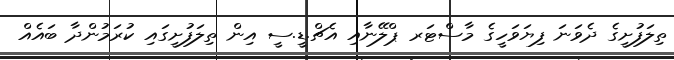
ތިލަފުށީގެ ދެވަނަ ފިޔަވަހީގެ މާސްޓަރ ޕްލޭނާއި އެޗް.ޑީ.ސީ އިން ތިލަފުށީގައި ކުރަމުންދާ ބައެއް